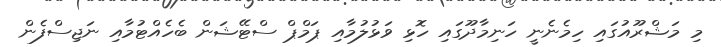
މި މަޝްރޫއުގައި ހިމެނެނީ ހަނިމާދޫގައި ހޮޅި ވަޅުލުމާއި ޕަމްޕް ސްޓޭޝަން ބެހެއްޓުމާއި ނަޖިސްފެން